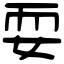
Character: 耍